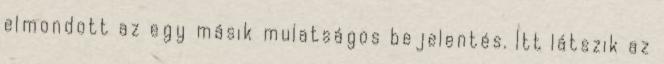
elmondott az egy másik mulatságos bejelentés. Itt látszik az